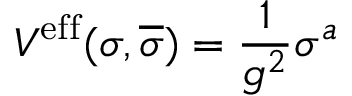
V ^ { \mathrm { e f f } } ( \sigma , \overline { { { \sigma } } } ) = \frac { 1 } { g ^ { 2 } } \sigma ^ { a }